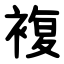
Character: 複